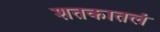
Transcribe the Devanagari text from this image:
शतकातलं